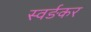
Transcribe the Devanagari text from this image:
स्वर्ङकर